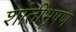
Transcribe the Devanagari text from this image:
शांतीभूषण